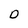
Character: D